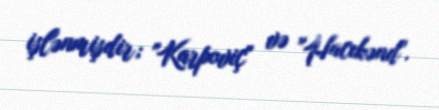
işlənmişdir; "Karpoviç" və "Hacıkənd".